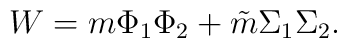
W = m\Phi_1\Phi_2 + \tilde m \Sigma_1 \Sigma_2.